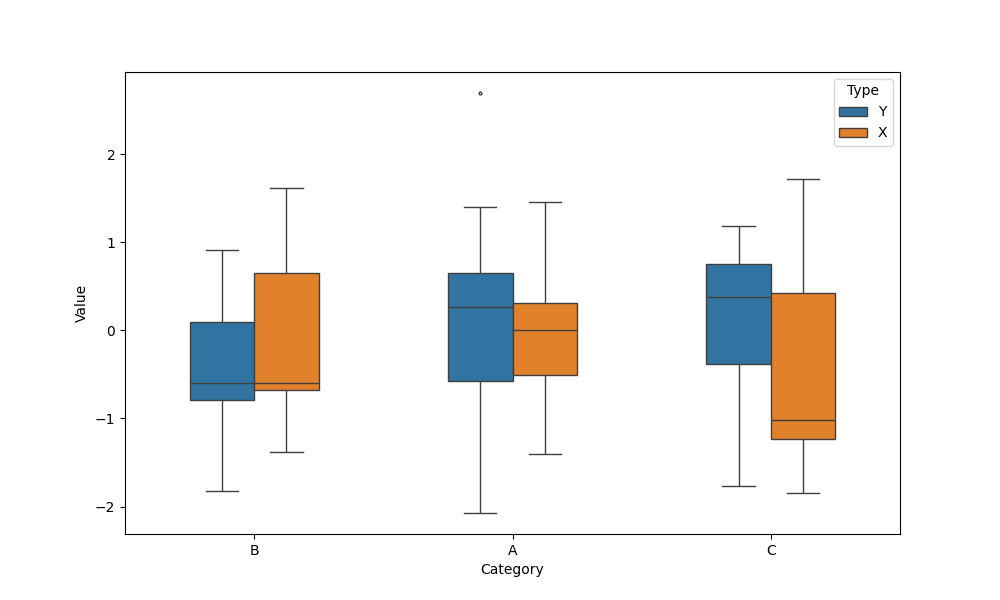
python, seaborn, boxplot, width=0.5, linewidth=1, fliersize=2, notch=False